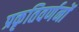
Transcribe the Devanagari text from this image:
प्रकृतिवर्णनों